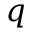
q